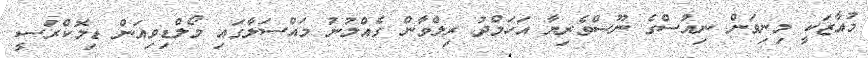
މުއާޒަކީ މިނިވަން ނިއުސްގެ ނޫސްވެރިޔާ އަހަމްދު ރިލްވާން ގެއްލުނު މައްސަލާގައި މޯލްޑިވިއަން ޑިމޮކްރަސީ